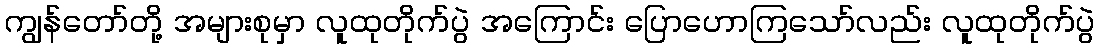
ကျွန်တော်တို့ အများစုမှာ လူထုတိုက်ပွဲ အကြောင်း ပြောဟောကြသော်လည်း လူထုတိုက်ပွဲ